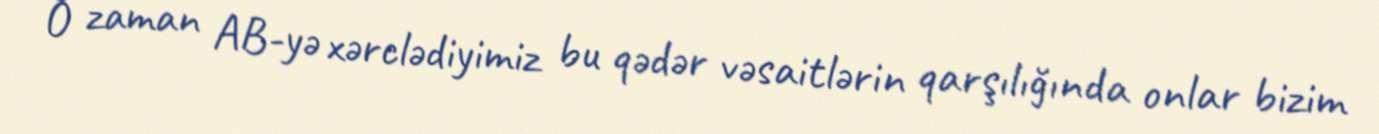
O zaman AB-yə xərclədiyimiz bu qədər vəsaitlərin qarşılığında onlar bizim